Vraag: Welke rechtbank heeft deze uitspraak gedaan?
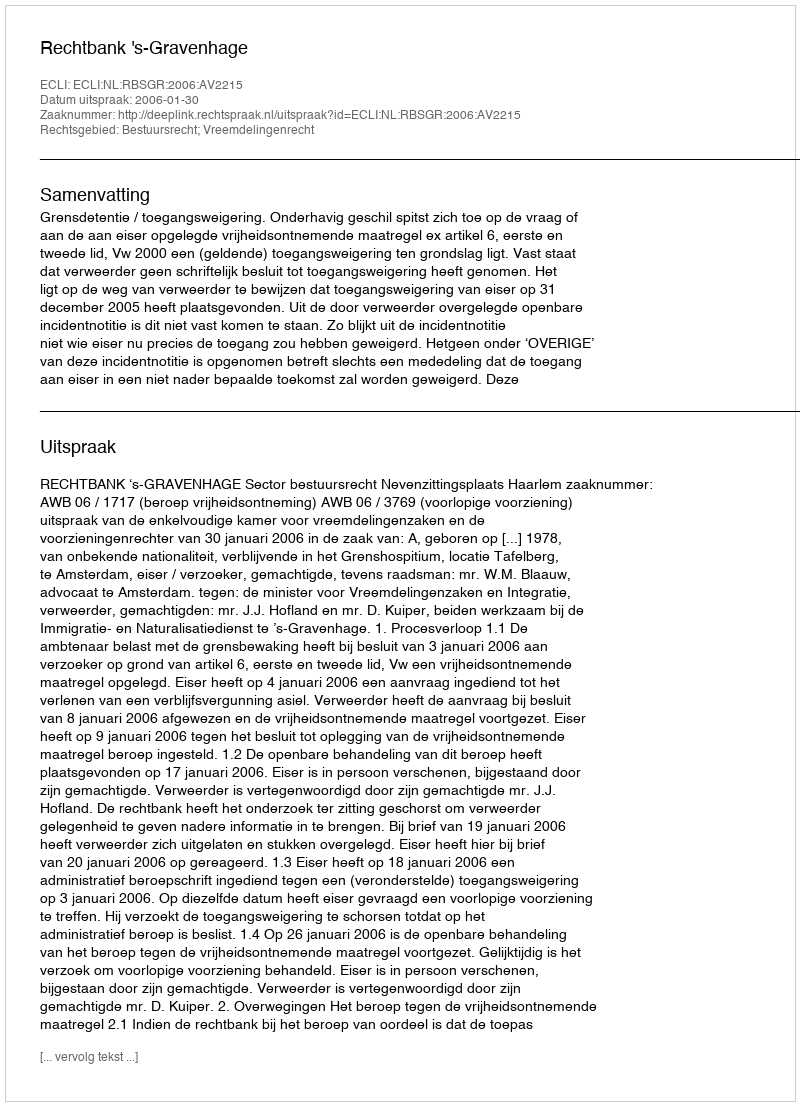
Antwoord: Rechtbank 's-Gravenhage